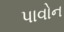
પાવોન